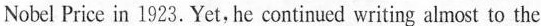
Nobel Price in 1923. Yet, he continucd writing almost to the